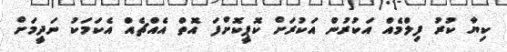
ކިޔާ ކުރު ފިލްމެއް އަކުރުން އަކުރަށް ކޮޕީކޮށްފަ އޮތް އެއްޗެއް އެކަމަކު ނަދީމަށް